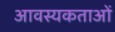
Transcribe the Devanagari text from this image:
आवस्यकताओं